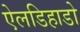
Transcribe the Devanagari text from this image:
ऐलडिहाडो